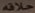
حلاقە